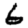
Digit: 6